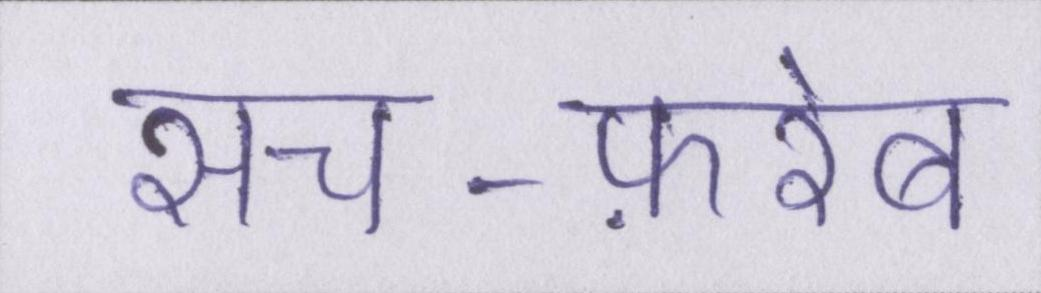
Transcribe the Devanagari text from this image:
सच-फ़रेब